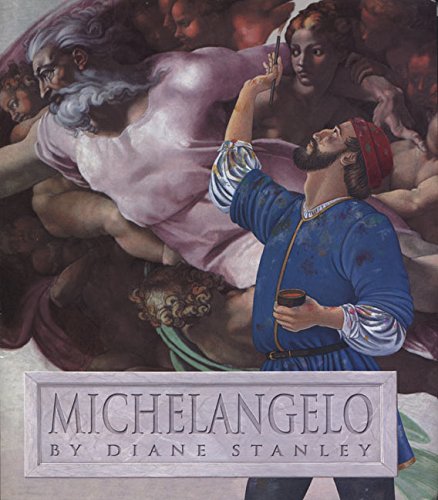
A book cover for Michelangelo; Diane Stanley; Children's Books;